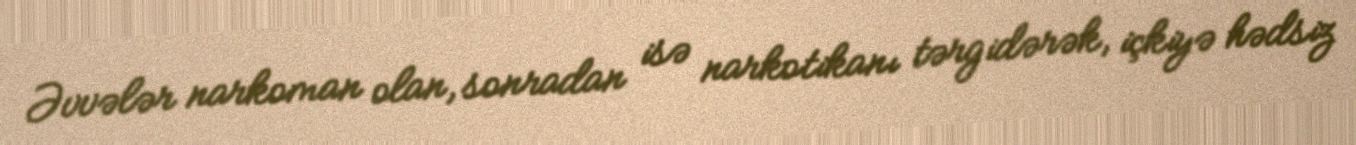
Əvvələr narkoman olan, sonradan isə narkotikanı tərgidərək, içkiyə hədsiz